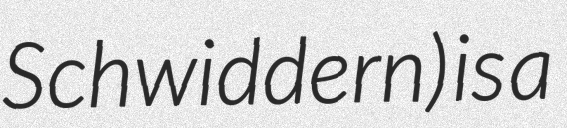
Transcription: Schwiddern) is a